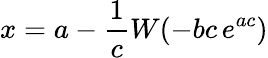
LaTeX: x=a-{\frac{1}{c}}W(-bc\, e^{ac})